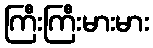
ကြီးကြီးမားမား